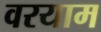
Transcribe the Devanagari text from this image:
वरयाम